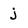
Character: j